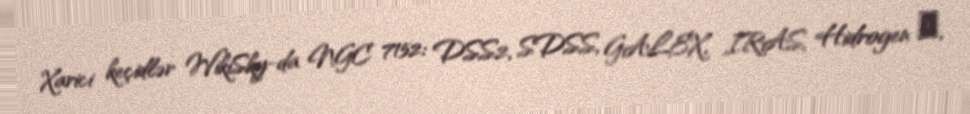
Xarici keçidlər WikiSky-da NGC 7152: DSS2, SDSS, GALEX, IRAS, Hidrogen α,